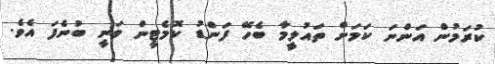
ކުރަމުން އަންނަ ކަމަށް ތައުލީމާ ބެހޭ ފަންޑު ކޮމެޓީން ވަނީ ބުނެފަ އެވެ.